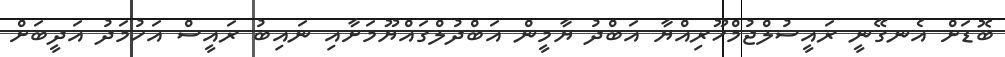
ބޮޑަށް އެނގޭނީ ރައީސުލްޖުމްހޫރިއްޔާ އަބްދު ޔާމީން އަބްދުލްގައްޔޫމަށާއި ނައިބު ރައީސް އަހުމަދު އަދީބަށް